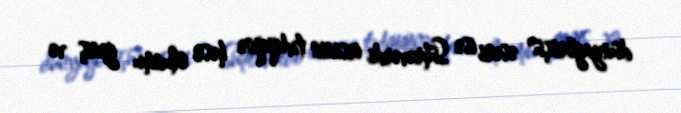
dünyagörüşü" əsəri isə Sührəvərdi irsinin tədqiqinə həsr olunmu geniş və